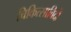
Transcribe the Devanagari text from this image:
चिकित्साविदों